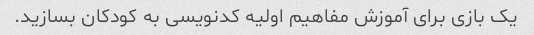
یک بازی برای آموزش مفاهیم اولیه کدنویسی به کودکان بسازید.